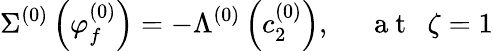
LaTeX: \Sigma^{(0)}\left(\varphi_{f}^{(0)}\right)=-\Lambda^{(0)}\left(c_{2}^{(0)}\right),~~~~~\mathrm{~a~t~}~~\zeta=1